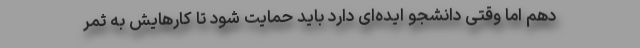
دهم اما وقتی دانشجو ایده‌ای دارد باید حمایت شود تا کارهایش به ثمر